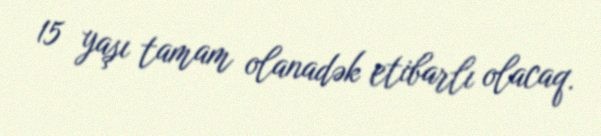
15 yaşı tamam olanadək etibarlı olacaq.